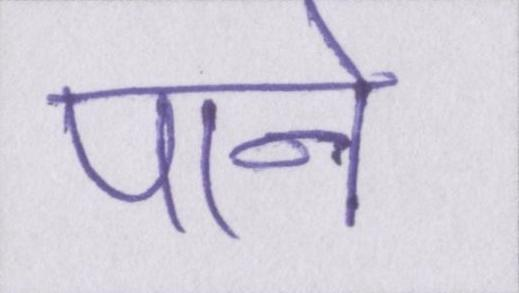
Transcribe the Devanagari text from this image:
पाने